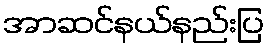
အာဆင်နယ်နည်းပြ